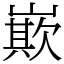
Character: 㠌